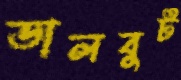
ডালবুট